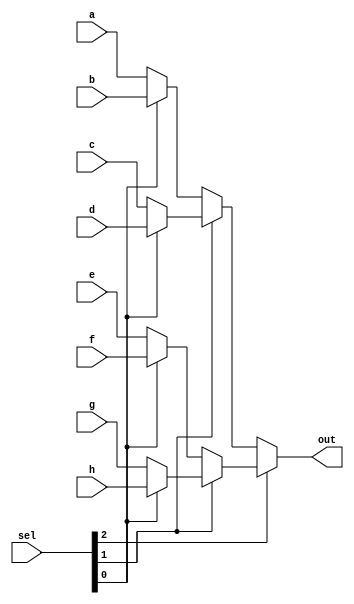
module mux8to1(
    a,
    b,
    c,
    d,
    e,
    f,
    g,
    h,
    sel,
    out
);

parameter DATA_WIDTH = 32;
input   [DATA_WIDTH-1:0]    a;
input   [DATA_WIDTH-1:0]    b;
input   [DATA_WIDTH-1:0]    c;
input   [DATA_WIDTH-1:0]    d;
input   [DATA_WIDTH-1:0]    e;
input   [DATA_WIDTH-1:0]    f;
input   [DATA_WIDTH-1:0]    g;
input   [DATA_WIDTH-1:0]    h;
input   [2:0]               sel;

output    [DATA_WIDTH-1:0]  out;

assign out = sel[2] ? 
               (sel[1] ? 
                  (sel[0] ? h : g) : 
                  (sel[0] ? f : e))             
             : (sel[1] ? 
                  (sel[0] ? d : c) : 
                  (sel[0] ? b : a));

endmodule